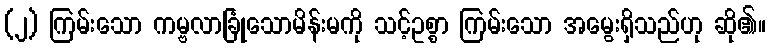
(၂) ကြမ်းသော ကမ္ဗလာခြုံသောမိန်းမကို သင့်ဥစ္စာ ကြမ်းသော အမွေးရှိသည်ဟု ဆို၏။